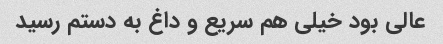
عالی بود خیلی هم سریع و داغ به دستم رسید